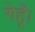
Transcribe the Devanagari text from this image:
गेहूँ।